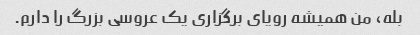
بله، من همیشه رویای برگزاری یک عروسی بزرگ را دارم.